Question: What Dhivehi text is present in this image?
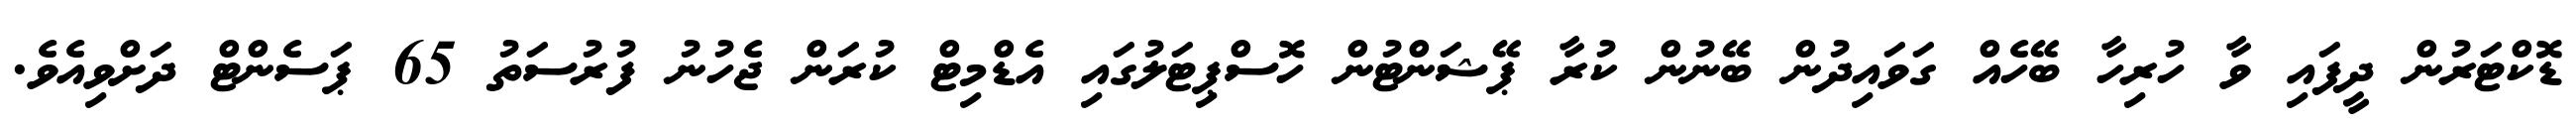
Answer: ޑޮކްޓަރުން ދީފައި ވާ ހުރިހާ ބޭހެއް ގަވައިދުން ބޭނުން ކުރާ ޕޭޝަންޓުން ހޮސްޕިޓަލުގައި އެޑްމިޓް ކުރަން ޖެހުނު ފުރުސަތު 65 ޕަސެންޓް ދަށްވިއެވެ.